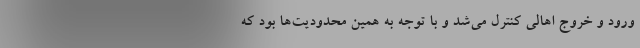
ورود و خروج اهالی کنترل می‌شد و با توجه به همین محدودیت‌ها بود که